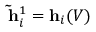
\mathbf { \tilde { h } } _ { i } ^ { 1 } = \mathbf { h } _ { i } ( V )